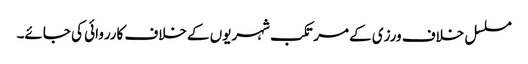
مسلسل خلاف ورزی کے مرتکب شہریوں کے خلاف کارروائی کی جائے۔